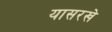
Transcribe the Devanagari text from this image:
यासरखे